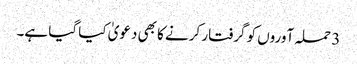
3 حملہ آوروں کو گرفتار کرنے کا بھی دعویٰ کیا گیا ہے۔